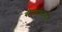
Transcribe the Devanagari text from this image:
बीनवादनातील